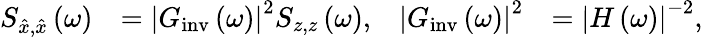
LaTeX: \begin{array}{rlrl}{S_{\hat{x},\hat{x}}\left(\omega\right)}&{=\left|G_{\mathrm{inv}}\left(\omega\right)\right|^{2}S_{z,z}\left(\omega\right),}&{\left|G_{\mathrm{inv}}\left(\omega\right)\right|^{2}}&{=\left|H\left(\omega\right)\right|^{-2},}\end{array}